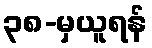
၃၈-မှယူရန်